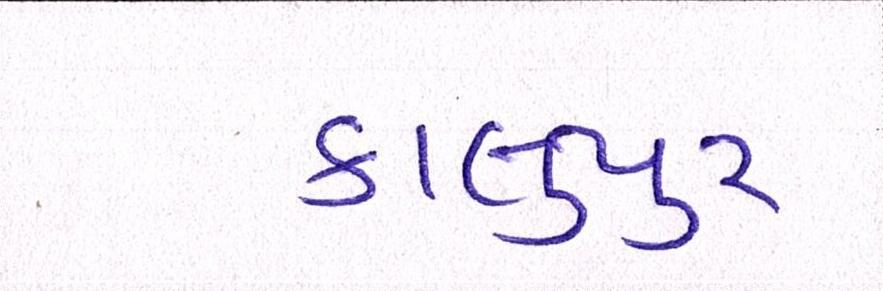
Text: કાલુપુર